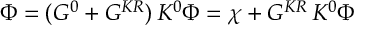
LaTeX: \Phi = ( G ^ { 0 } + G ^ { K R } ) \, K ^ { 0 } \Phi = \chi + G ^ { K R } \, K ^ { 0 } \Phi